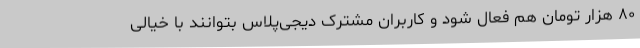
۸۰ هزار تومان هم فعال شود و کاربران مشترک دیجی‌پلاس بتوانند با خیالی